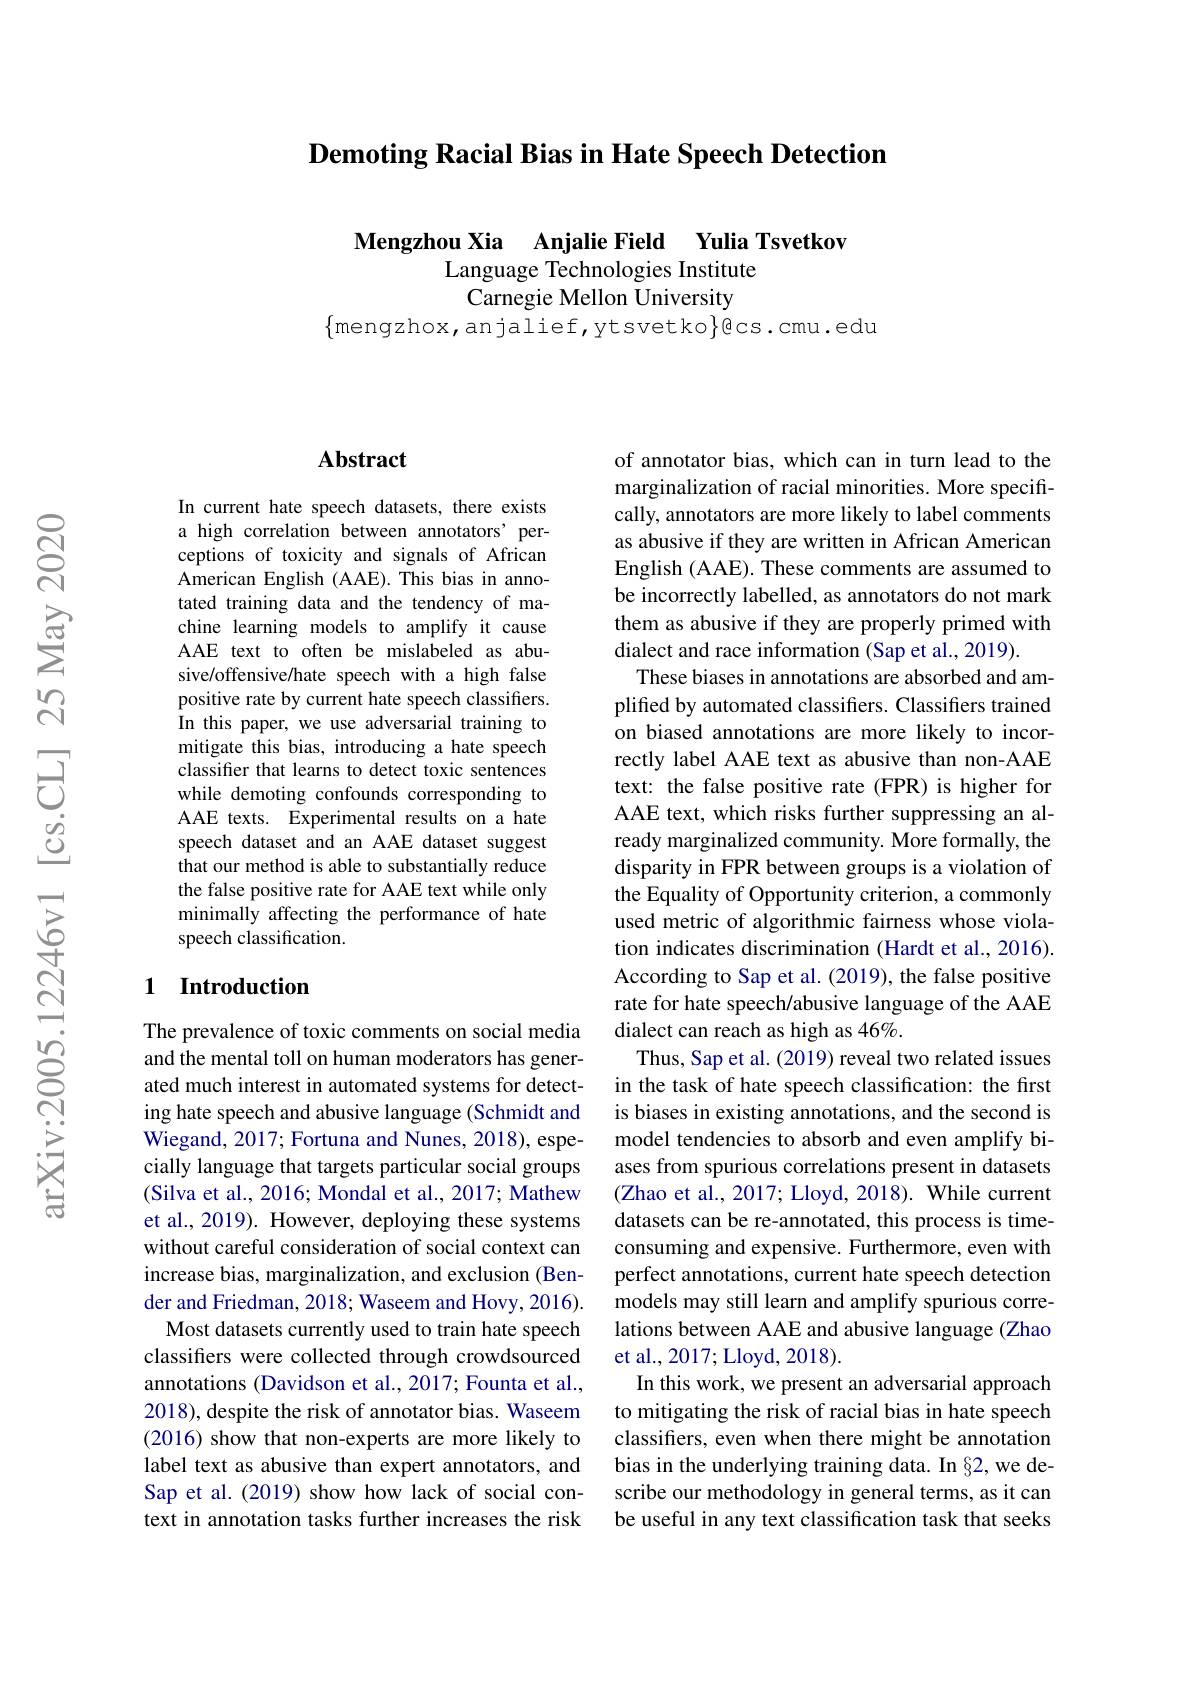
Demoting Racial Bias in Hate Speech Detection

Mengzhou Xia Anjalie Field Yulia Tsvetkov
Language Technologies Institute
Carnegie Mellon University
$\{$mengzhox,anjalief,ytsvetko$\}$cs.cmu.edu

### $\mathbf{Abstract}$

In current hate speech datasets, there exists a high correlation between annotators' perceptions of toxicity and signals of African American English (AAE). This bias in annotated training data and the tendency of machine learning models to amplify it cause AAE text to often be mislabeled as abusive/offensive/hate speech with a high false positive rate by current hate speech classifiers. In this paper, we use adversarial training to mitigate this bias, introducing a hate speech classifer that learns to detect toxic sentences while demoting confounds corresponding to AAE texts. Experimental results on a hate speech dataset and an AAE dataset suggest that our method is able to substantially reduce the false positive rate for AAE text while only minimally affecting the performance of hate speech classification.

## 1 Introduction

The prevalence of toxic comments on social media and the mental toll on human moderators has generated much interest in automated systems for detecting hate speech and abusive language (Schmidt and Wiegand, 2017; Fortuna and Nunes, 2018), especially language that targets particular social groups (Silva et al., 2016; Mondal et al., 2017; Mathew et al., 2019). However, deploying these systems without careful consideration of social context can increase bias, marginalization, and exclusion (Bender and Friedman, 2018; Waseem and Hovy, 2016).
Most datasets currently used to train hate speech classifers were collected through crowdsourced annotations (Davidson et al., 2017; Founta et al., 2018), despite the risk of annotator bias. Waseem (2016) show that non-experts are more likely to label text as abusive than expert annotators, and Sap et al. (2019) show how lack of social context in annotation tasks further increases the risk

of annotator bias, which can in turn lead to the marginalization of racial minorities. More specifically, annotators are more likely to label comments as abusive if they are written in African American English (AAE). These comments are assumed to be incorrectly labelled, as annotators do not mark them as abusive if they are properly primed with dialect and race information (Sap et al., 2019).
These biases in annotations are absorbed and amplified by automated classifiers. Classifiers trained on biased annotations are more likely to incorrectly label AAE text as abusive than non-AAE text: the false positive rate (FPR) is higher for AAE text, which risks further suppressing an already marginalized community. More formally, the disparity in FPR between groups is a violation of the Equality of Opportunity criterion, a commonly used metric of algorithmic fairness whose violation indicates discrimination (Hardt et al., 2016). According to Sap et al. (2019), the false positive rate for hate speech/abusive language of the AAE dialect can reach as high as 46%.
Thus, Sap et al. (2019) reveal two related issues in the task of hate speech classification: the first is biases in existing annotations, and the second is model tendencies to absorb and even amplify biases from spurious correlations present in datasets (Zhao et al., 2017; Lloyd, 2018). While current datasets can be re-annotated, this process is timeconsuming and expensive. Furthermore, even with perfect annotations, current hate speech detection models may still learn and amplify spurious correlations between AAE and abusive language (Zhao et al., 2017; Lloyd, 2018).
In this work, we present an adversarial approach to mitigating the risk of racial bias in hate speech classifers, even when there might be annotation bias in the underlying training data. In §2, we describe our methodology in general terms, as it can be useful in any text classification task that seeks